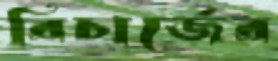
রিচার্জের